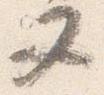
又